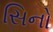
સિનો